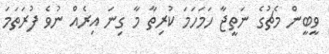
ވީބީން މެޗުގެ ނަތީޖާ ހަމަހަމަ ކުރިތާ މާ ގިނަ އިރެއް ނުވެ ފުރަތަމަ